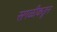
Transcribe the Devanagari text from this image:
सगळीकडून